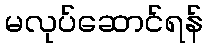
မလုပ်ဆောင်ရန်